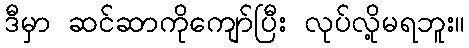
ဒီမှာ ဆင်ဆာကိုကျော်ပြီး လုပ်လို့မရဘူး။